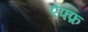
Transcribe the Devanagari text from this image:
एफ्फ़